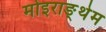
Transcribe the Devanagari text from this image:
मोइराङ्थेम